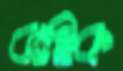
বাহিক